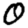
Digit: 0